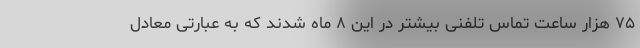
۷۵ هزار ساعت تماس تلفنی بیشتر در این ۸ ماه شدند که به عبارتی معادل